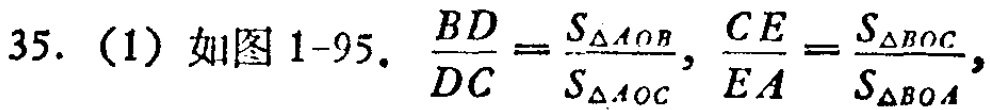
35. (1) 如图 1-95. \(\frac{BD}{DC}=\frac{S_{\triangle AOB}}{S_{\triangle AOC}}\), \(\frac{CE}{EA}=\frac{S_{\triangle BOC}}{S_{\triangle BOA}}\)